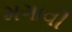
મગાવી